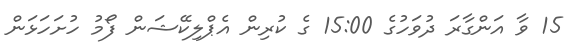
15 ވާ އަންގާރަ ދުވަހުގެ 15:00 ގެ ކުރިން އެޕްލިކޭޝަން ފޯމު ހުށަހަޅަން